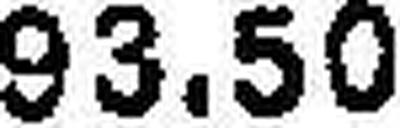
93.50